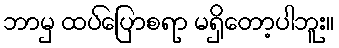
ဘာမှ ထပ်ပြောစရာ မရှိတော့ပါဘူး။